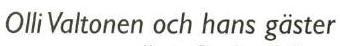
Olli Valtonen och hans gäster